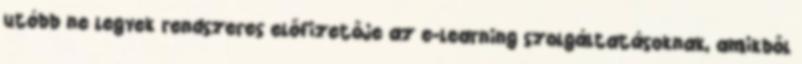
utóbb ne legyek rendszeres előfizetője az e-learning szolgáltatásoknak, amikből